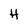
Character: H